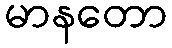
မာနတော